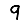
Digit: 9